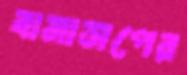
বামাসপের